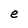
Character: e